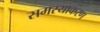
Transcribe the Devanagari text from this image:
समस्याकरण